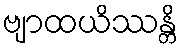
ဗျာထယိဿန္တိ